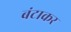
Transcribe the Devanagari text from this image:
बंटाकर